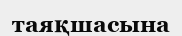
таяқшасына